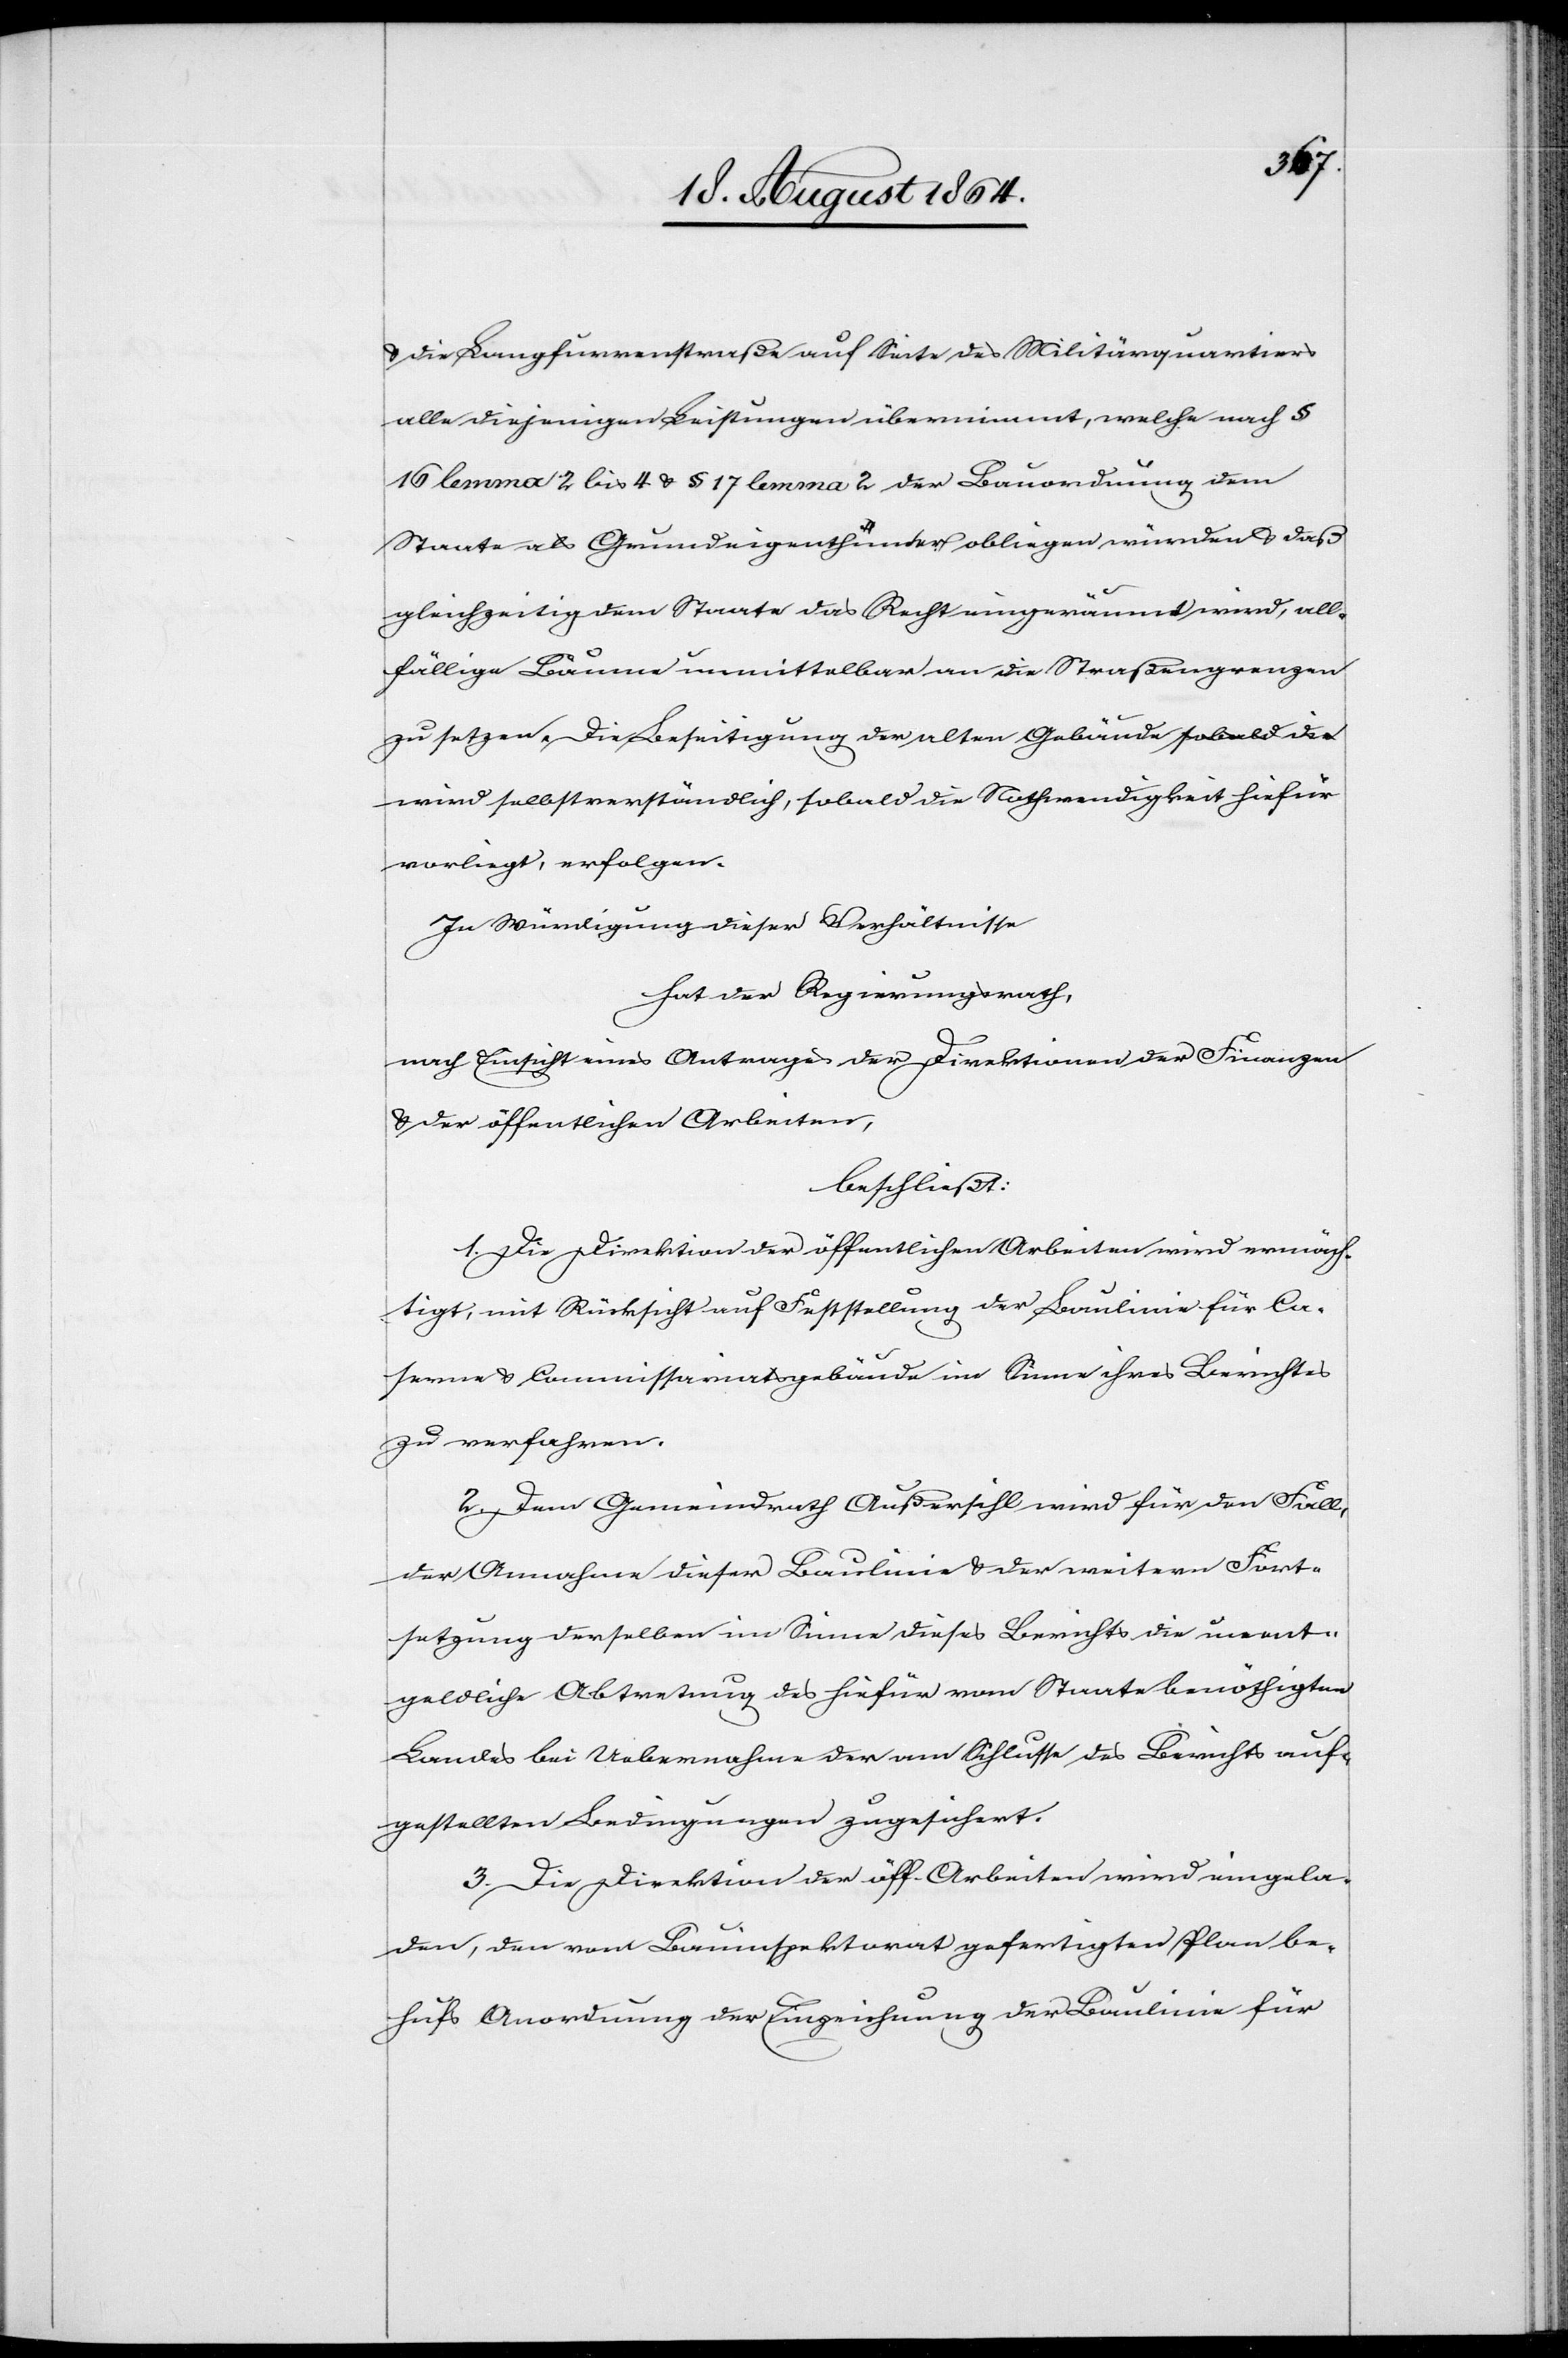
& die Langfurrenstraße auf Seite des Militärquartiers
alle diejenigen Leistungen übernimmt, welche nach §
16 lemma 2 bis 4 & § 17 lemma 2 der Bauordnung dem
Staate als Grundeigenthümer obliegen würden & daß
gleichzeitig dem Staate das Recht eingeräumt wird, all¬
fällige Bäume unmittelbar an die Straßengrenzen
zu setzen. Die Beseitigung der alten Gebäude a-sobald die-a
wird selbstverständlich, sobald die Nothwendigkeit hiefür
vorliegt, erfolgen.
In Würdigung dieser Verhältnisse
hat der Regierungsrath,
nach Einsicht eines Antrages der Direktionen der Finanzen
& der öffentlichen Arbeiten
beschließt:
1. Die Direktion der öffentlichen Arbeiten wird ermäch¬
tigt, mit Rücksicht auf Feststellung der Baulinie für Ca¬
serne & Commissariatsgebäude im Sinne ihres Berichtes
zu verfahren.
2. Dem Gemeindrath Außersihl wird für den Fall
der Annahme dieser Baulinie & der weitern Fort¬
setzung derselben im Sinne dieses Berichts die unent¬
geldliche Abtretung des hiefür vom Staate benöthigten
Landes bei Uebernahme der am Schlusse des Berichts auf¬
gestellten Bedingungen zugesichert.
3. Die Direktion der öff. Arbeiten wird eingela¬
den, den vom Bauinspektorat gefertigten Plan be¬
hufs Anordnung der Einziehung der Baulinie für